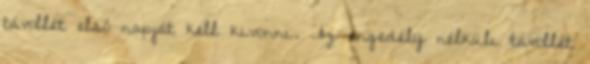
távollét első napját kell kivonni. Az engedély nélküli távollét